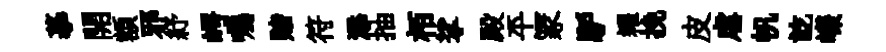
摹開額邪紓崿囑赌符添抽栢挲殿平冡馿糴挽皮虐帆訖嶸